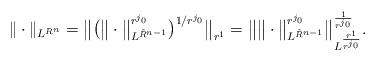
LaTeX: \begin{align*} \| \cdot \|_{L^{R^n}}= \big\| \big( \big\| \cdot \big\|_{L^{\tilde R^{n-1}}}^{r^{j_0}} \big)^{1/{r^{j_0}}} \big\|_{r^1}= \big \| \big\| \cdot \big\|_{L^{\tilde R^{n-1}}}^{r^{j_0}} \big\|_{L^{\frac{r^1}{r^{j_0}}}}^{\frac{1}{r^{j_0}}}.\end{align*}